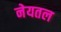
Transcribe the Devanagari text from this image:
नेयतल